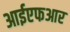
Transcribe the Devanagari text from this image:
आईएफआर